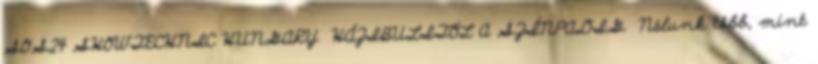
SOS24 SHOWTECHNIC HUNGARY HÁZIBULITÓL A SZÍNPADIG Nálunk több, mint